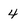
Character: 4